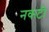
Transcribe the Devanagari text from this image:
नकटी